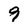
Character: 9